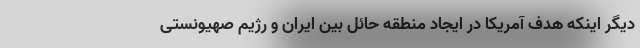
دیگر اینکه هدف آمریکا در ایجاد منطقه حائل بین ایران و رژیم صهیونستی